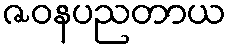
ဇဝနပညတာယ